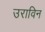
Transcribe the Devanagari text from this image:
उराविन